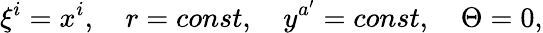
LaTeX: \xi^{i}=x^{i},\quad r=const,\quad y^{a^{\prime}}=const,\quad\Theta=0,